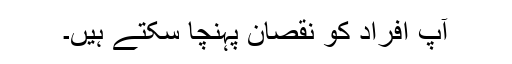
آپ افراد کو نقصان پہنچا سکتے ہیں۔